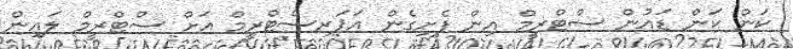
ކަން ކަން ޑައުން ސްޓްރީމް އިން ފެށިގެން އަޕަރސްޓްރީމް އަަށް ސްޓްރީމް ލައިން